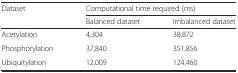
| <ROWSPAN=2> Dataset | <COLSPAN=2> Computational time required (ms) |
 | Balanced dataset | Imbalanced dataset |
 | --- | --- | --- |
 | Acetylation | 4,304 | 38,872 |
 | Phosphorylation | 37,840 | 351,856 |
 | Ubiquitylation | 12,009 | 124,460 |